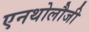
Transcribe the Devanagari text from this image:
एनथोलौजी